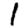
Digit: 1